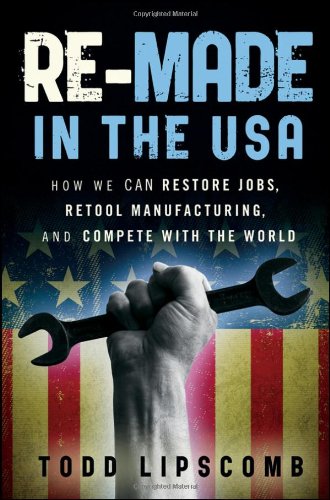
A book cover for Re-Made in the USA: How We Can Restore Jobs, Retool Manufacturing, and Compete With the World; Todd Lipscomb; Business & Money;